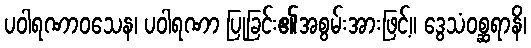
ပဝါရဏာဝသေန၊ ပဝါရဏာ ပြုခြင်း၏အစွမ်းအားဖြင့်။ ဒွေသံဝစ္ဆရာနိ၊